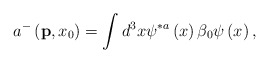
\begin{align*}a^{-}\left( {\bf p},x_{0}\right) =\int d^{3}x\psi ^{\ast a}\left( x\right)\beta _{0}\psi \left( x\right) , \end{align*}